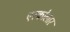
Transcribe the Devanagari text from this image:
एस्कोलार